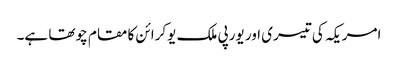
امریکہ کی تیسری اور یورپی ملک یوکرائن کا مقام چوتھا ہے۔